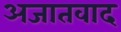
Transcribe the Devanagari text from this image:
अजातवाद